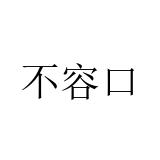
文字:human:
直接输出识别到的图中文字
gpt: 不容口